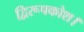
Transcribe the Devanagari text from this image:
द्विरूपकोश।